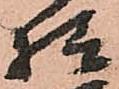
様